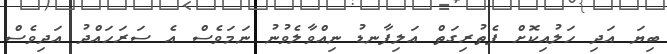
ބިޔަ އަދި ހަލުއިކޮށް ފެތުރިގަތް އަލިފާނޑު ނިއްވާލެވުނު ނަމަވެސް އެ ސަރަހައްދު އަދިވެސް